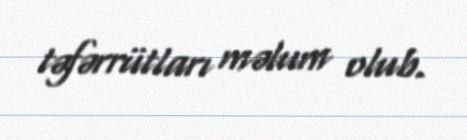
təfərrütları məlum olub.